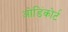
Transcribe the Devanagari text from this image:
ओडिंकोर्ट